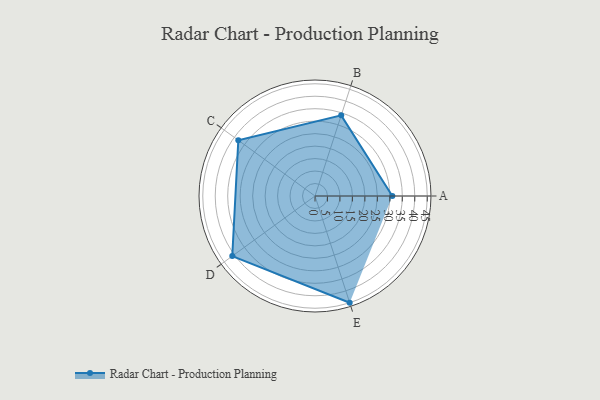
{"axis": {"x": "Skill", "y": "Score"}, "legend": ["Profile"], "data": [{"x": "A", "y": 31.0, "type": "Profile"}, {"x": "B", "y": 34.0, "type": "Profile"}, {"x": "C", "y": 38.0, "type": "Profile"}, {"x": "D", "y": 41.0, "type": "Profile"}, {"x": "E", "y": 45.0, "type": "Profile"}]}